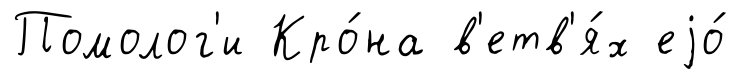
Помолог'и Кро́на в'етв'я́х еjо́